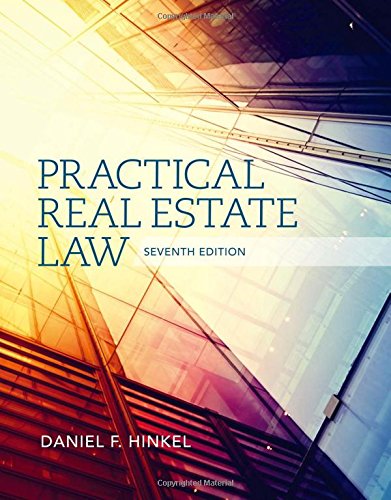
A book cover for Practical Real Estate Law; Daniel F. Hinkel; Business & Money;